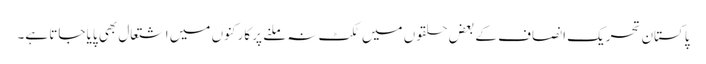
پاکستان تحریک انصاف کے بعض حلقوں میں ٹکٹ نہ ملنے پر کارکنوں میں اشتعال بھی پایا جاتا ہے۔